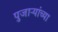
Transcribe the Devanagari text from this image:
पुजाऱ्यांच्या